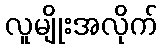
လူမျိုးအလိုက်